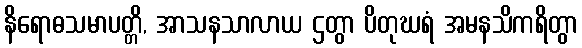
နိရောဓသမာပတ္တိ, အာသနသာလာယ ဌတွာ ပိတုဃရံ အမနသိကရိတွာ